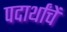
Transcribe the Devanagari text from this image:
पदार्थांचें